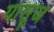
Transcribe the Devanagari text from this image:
यासूज